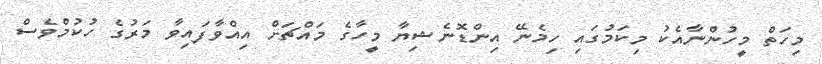
މިހަތް މީހުންނާއެކު މިކަމުގައި ހިމެނޭ އިންޑޮނެޝިޔާ މީހާގެ މައްޗަށް އިއްވާފައިވާ މަރުގެ ހުކުމްވެސް